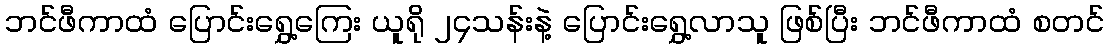
ဘင်ဖီကာထံ ပြောင်းရွှေ့ကြေး ယူရို ၂၄သန်းနဲ့ ပြောင်းရွှေ့လာသူ ဖြစ်ပြီး ဘင်ဖီကာထံ စတင်